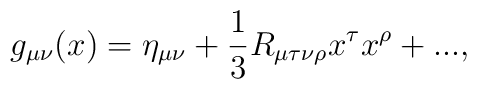
g_{\mu \nu }(x)=\eta _{\mu \nu }+\frac 13R_{\mu \tau \nu \rho }x^\tau x^\rho+...,